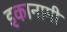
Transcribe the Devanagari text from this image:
इकानामी